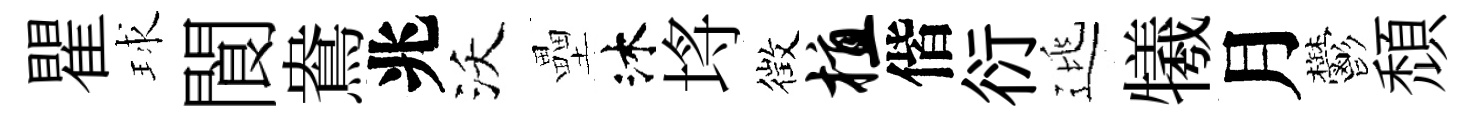
瞿球閬鴦兆沃壘沐埓徴植偕衍逃犧月鬱頹